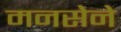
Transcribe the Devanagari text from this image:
मनसेने